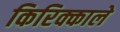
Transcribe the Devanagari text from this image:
किरिक्काले